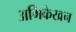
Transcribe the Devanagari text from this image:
अभिकेखन